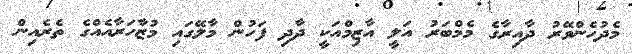
މެދުހެންވޭރު ދާއިރާގެ މެމްބަރު އަލީ އާޒިމްއަކީ ދާދި ފަހުން މާލޭގައި މުޒާހަރާއެއްގެ ތެރެއިން